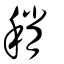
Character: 稍